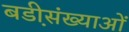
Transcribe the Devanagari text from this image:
बडी़संख्याओं